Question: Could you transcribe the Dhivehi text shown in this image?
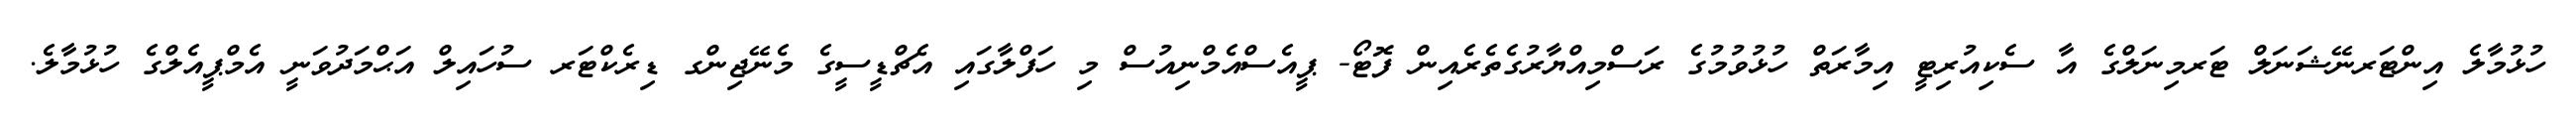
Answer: ހުޅުމާލެ އިންޓަރނޭޝަނަލް ޓަރމިނަލްގެ އާ ސެކިއުރިޓީ އިމާރަތް ހުޅުވުމުގެ ރަސްމިއްޔާރުގެތެރެއިން ފޮޓޯ- ޕީއެސްއެމްނިއުސް މި ހަފްލާގައި އެޗްޑީސީގެ މެނޭޖިންގ ޑިރެކްޓަރ ސުހައިލް އަޙްމަދުވަނީ އެމްޕީއެލްގެ ހުޅުމާލެ.